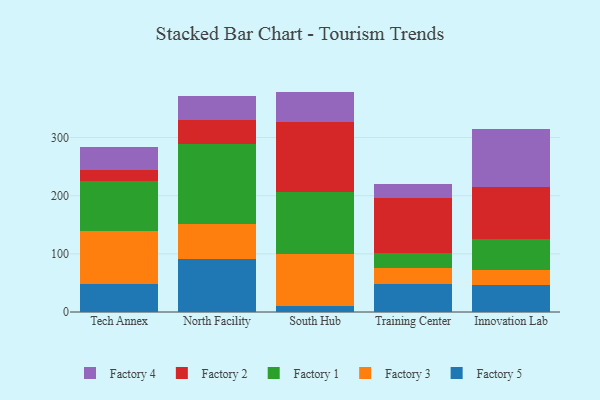
{"axis": {"x": "Campus", "y": "Shipments"}, "legend": ["Factory 1", "Factory 2", "Factory 3", "Factory 4", "Factory 5"], "data": [{"x": "Tech Annex", "y": 47.7, "type": "Factory 5"}, {"x": "Tech Annex", "y": 92.1, "type": "Factory 3"}, {"x": "Tech Annex", "y": 85.1, "type": "Factory 1"}, {"x": "Tech Annex", "y": 19.6, "type": "Factory 2"}, {"x": "Tech Annex", "y": 40.0, "type": "Factory 4"}, {"x": "North Facility", "y": 91.5, "type": "Factory 5"}, {"x": "North Facility", "y": 59.1, "type": "Factory 3"}, {"x": "North Facility", "y": 138.8, "type": "Factory 1"}, {"x": "North Facility", "y": 40.5, "type": "Factory 2"}, {"x": "North Facility", "y": 41.6, "type": "Factory 4"}, {"x": "South Hub", "y": 11.0, "type": "Factory 5"}, {"x": "South Hub", "y": 88.6, "type": "Factory 3"}, {"x": "South Hub", "y": 107.0, "type": "Factory 1"}, {"x": "South Hub", "y": 120.9, "type": "Factory 2"}, {"x": "South Hub", "y": 51.4, "type": "Factory 4"}, {"x": "Training Center", "y": 47.6, "type": "Factory 5"}, {"x": "Training Center", "y": 28.0, "type": "Factory 3"}, {"x": "Training Center", "y": 25.7, "type": "Factory 1"}, {"x": "Training Center", "y": 94.4, "type": "Factory 2"}, {"x": "Training Center", "y": 24.9, "type": "Factory 4"}, {"x": "Innovation Lab", "y": 46.1, "type": "Factory 5"}, {"x": "Innovation Lab", "y": 26.1, "type": "Factory 3"}, {"x": "Innovation Lab", "y": 54.0, "type": "Factory 1"}, {"x": "Innovation Lab", "y": 88.5, "type": "Factory 2"}, {"x": "Innovation Lab", "y": 100.3, "type": "Factory 4"}]}